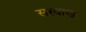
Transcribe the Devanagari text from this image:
सरवाण